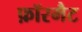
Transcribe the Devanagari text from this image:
फ़ॉरमैट